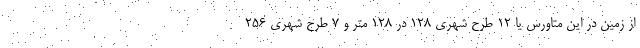
از زمین در این متاورس یا ۱۲ طرح شهری ۱۲۸ در ۱۲۸ متر و ۷ طرح شهری ۲۵۶